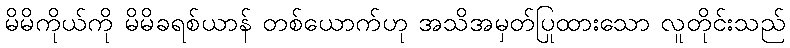
မိမိကိုယ်ကို မိမိခရစ်ယာန် တစ်ယောက်ဟု အသိအမှတ်ပြုထားသော လူတိုင်းသည်